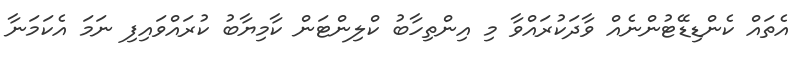
އެތައް ކެންޑިޑޭޓުންނެއް ވާދަކުރައްވާ މި އިންތިހާބު ކްލިންޓަން ކާމިޔާބު ކުރައްވައިފި ނަމަ އެކަމަނާ